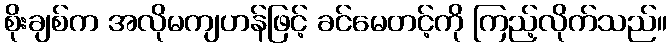
စိုးချစ်က အလိုမကျဟန်ဖြင့် ခင်မေတင့်ကို ကြည့်လိုက်သည်။